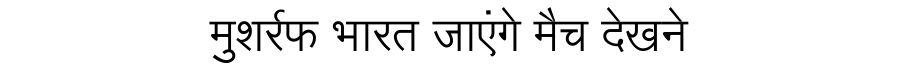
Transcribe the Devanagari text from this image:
मुशर्रफ भारत जाएंगे मैच देखने